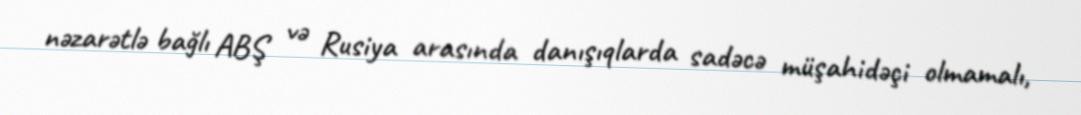
nəzarətlə bağlı ABŞ və Rusiya arasında danışıqlarda sadəcə müşahidəçi olmamalı,